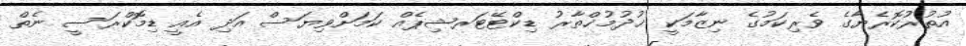
އުތުރުކޮރެޔާގެ ވެރިކަމުގެ ނިޒާމަކީ ޚުދުމުޚްތާރު ޑިކްޓޭޓަރޝިޕެއް ކަމަށްވިޔަސް އަދި އެއީ ޑިމޮކްރަސީ ނެތް